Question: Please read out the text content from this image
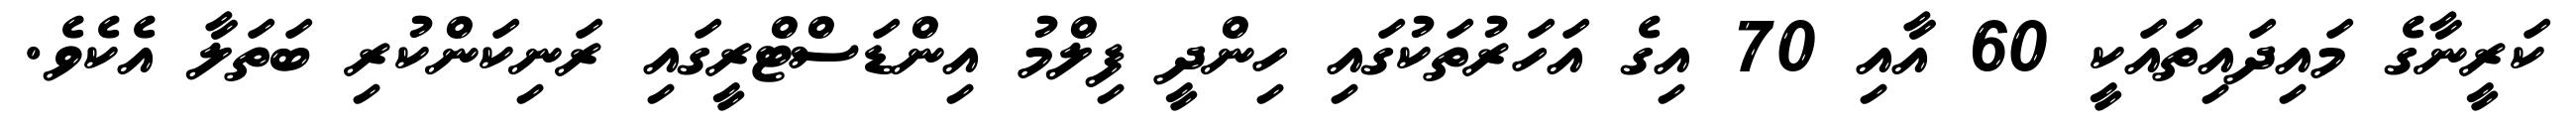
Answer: ކަރީނާގެ މައިދައިތައަކީ 60 އާއި 70 އިގެ އަހަރުތަކުގައި ހިންދީ ފިލްމު އިންޑަސްޓްރީގައި ރަނިކަންކުރި ބަތަލާ އެކެވެ.